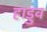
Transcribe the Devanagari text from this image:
हाडुव